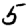
Digit: 5